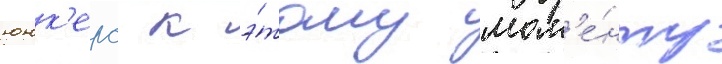
юнк'ерс к э́тому мом'е́нту